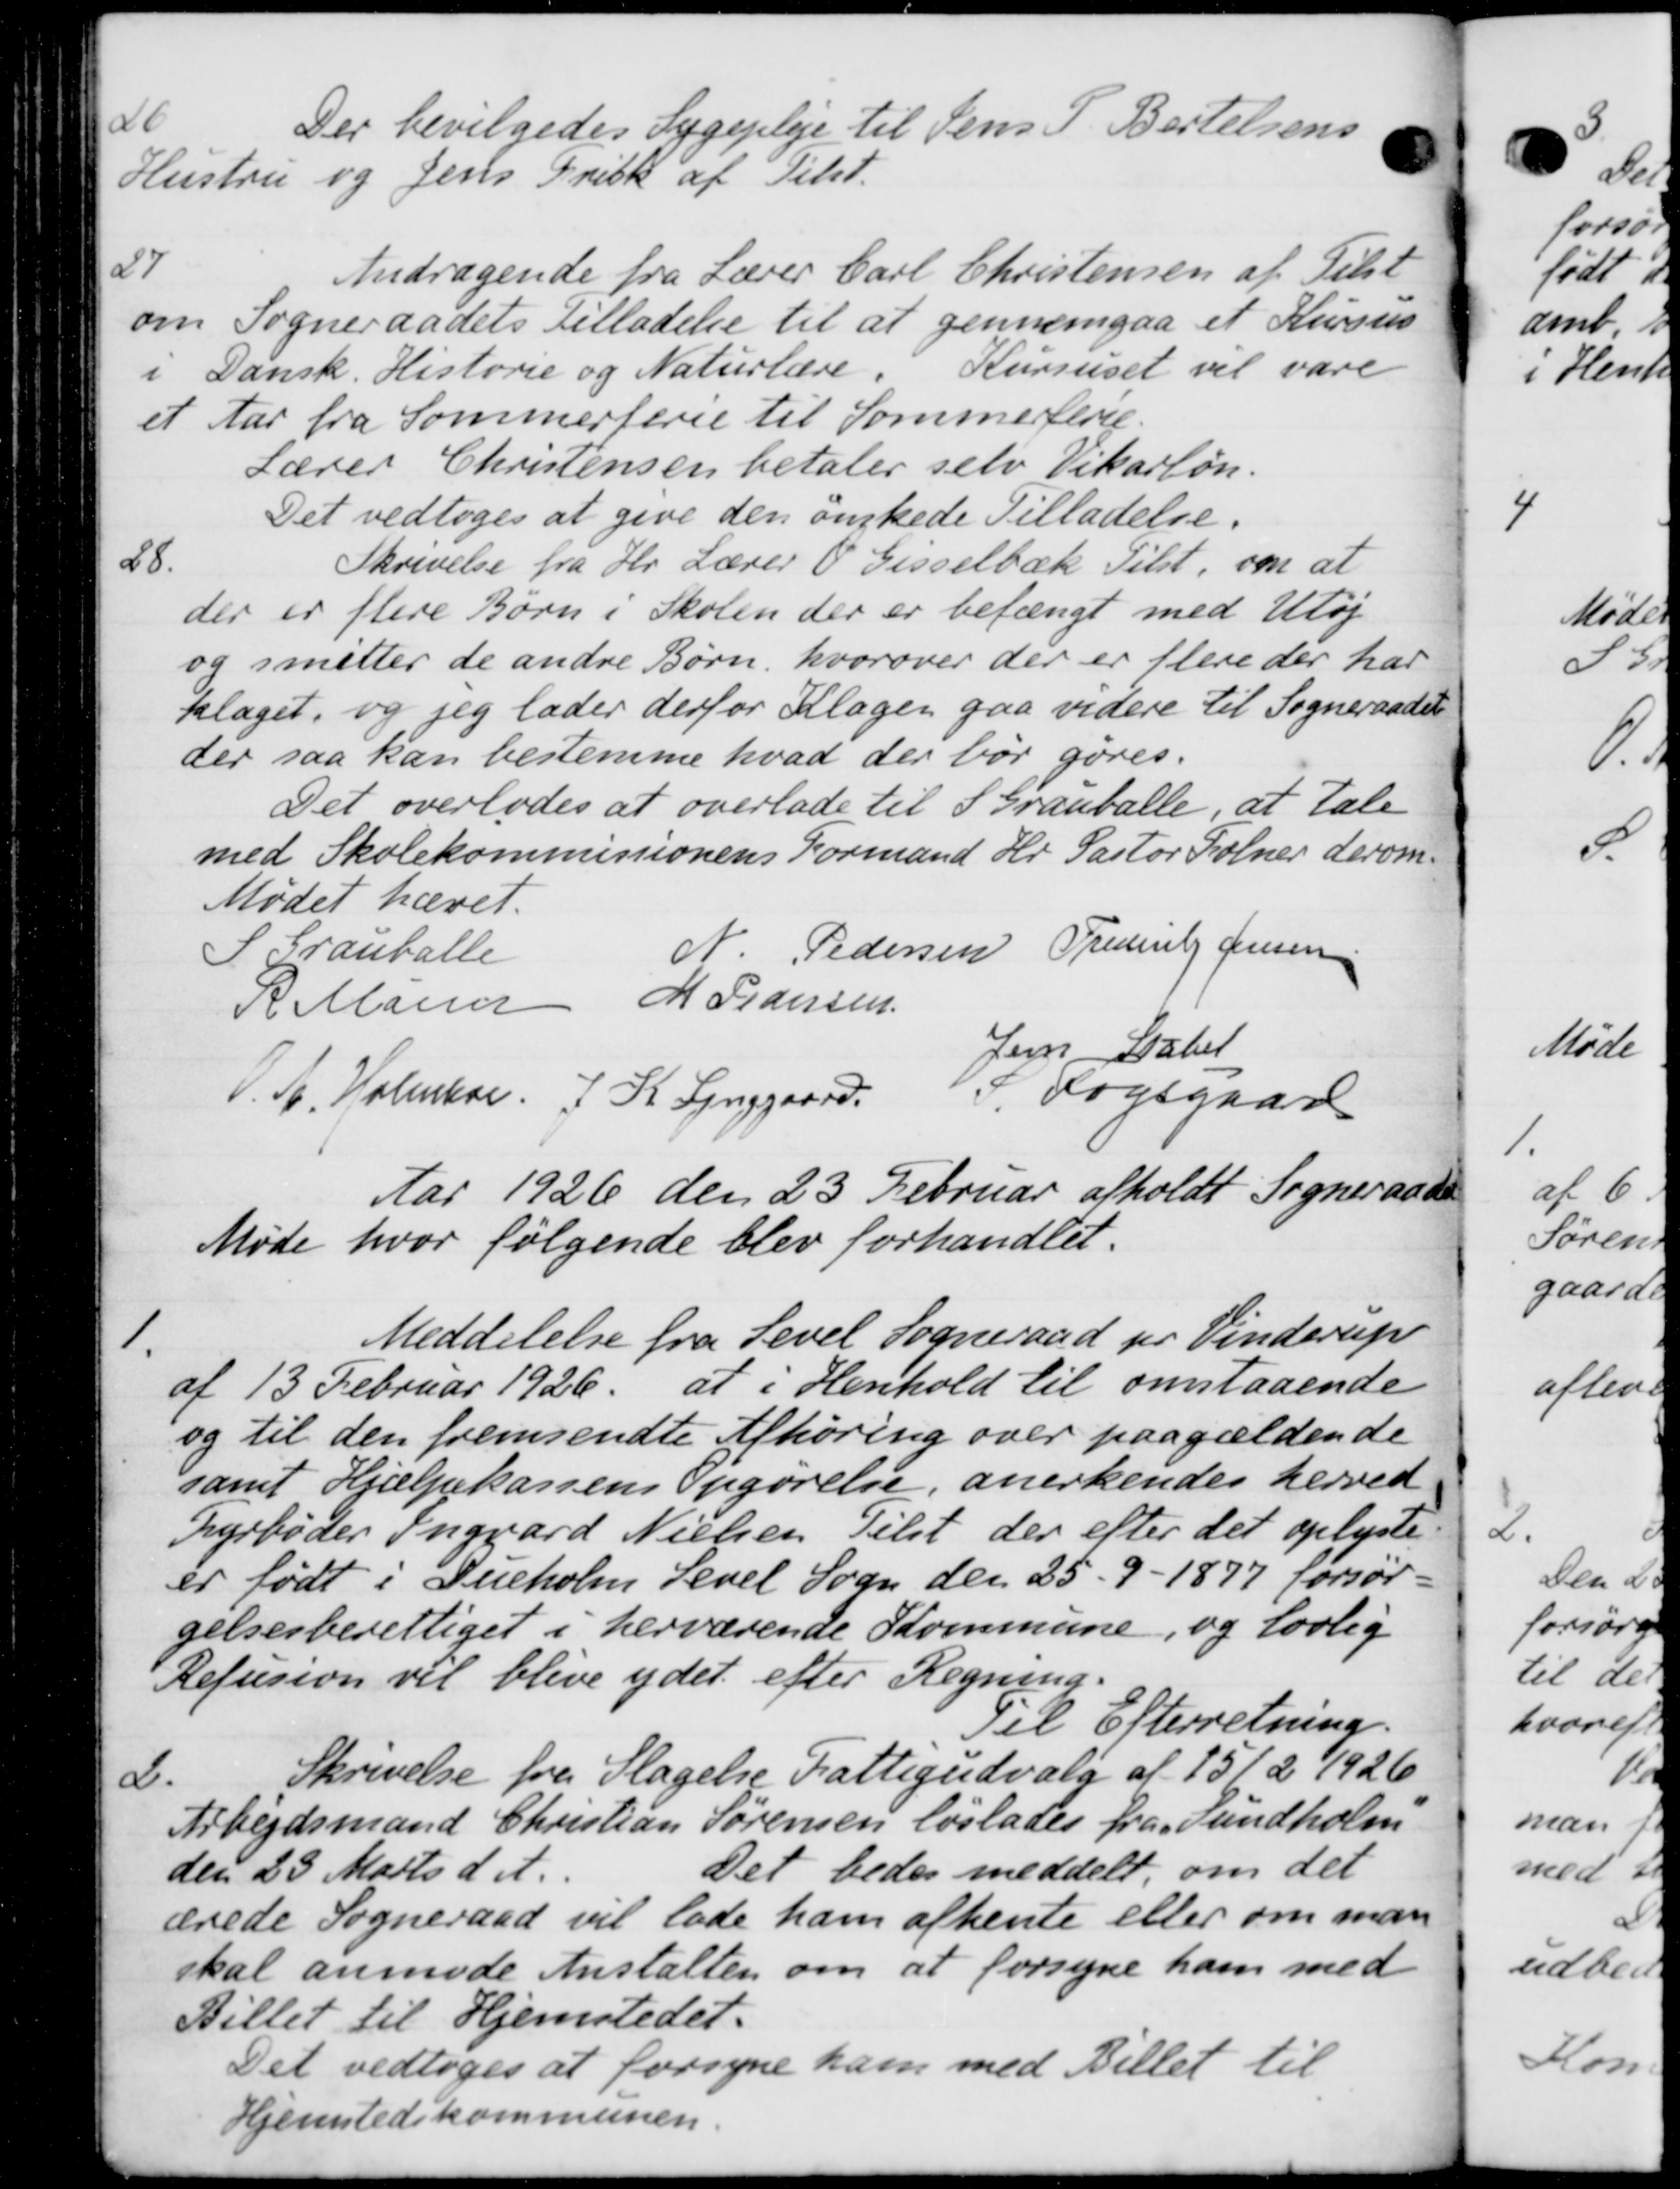
Transskription:
at
Der bevilgedes Sygepleje til Jens P. Bertelsens
Hustru og Jens Frisk af Tilst.
27
Andragende fra Lærer Carl Christensen af Tilst
om Sogneraadets Tilladelse til at gennemgaa et Kursus
i Dansk Historie og Naturlære. Kursuset vil vare
et Aar fra Sommerferie til Sommerferie.
Lærer Christensen betaler selv Vikarløn.
Det vedtoges at give den ønskede Tilladelse.
28.
Skrivelse fra Hr Lærer V. Gisselbæk Tilst, om at
der er flere Børn i Skolen der er befængt med Utøj
og smitter de andre Børn, hvorover der er flere der har
klaget, og jeg lader derfor Klagen gaa videre til Sogneraadet
der saa kan bestemme hvad der bør gøres.
Det overlodes at overlade til Stranballe, at tale
med Skolekommissionens Formand Hr. Pastor Folmer derom
Mødet hævet.
S. Grauballe
N. Pedersen Frederik Jensen
R Maren M Pedersen
Jens Stabel
O.A. Holmbor. J. K. Lynggaard, S. Fogsgaard
Aar 1926 den 23 Februar afholdt Sogneraadet
Møde hvor følgende blev forhandlet.

Meddelelse fra Sevel Sogneraad pr Vinderup
af 13 Februar 1926. at i Henhold til omstaaende
og til den fremsendte Afhøring over paagældende
samt Hjælpekassens Opgørelse, anerkendes herved
Dyrbøder Ingvard Nielsen Tilst der efter det oplyste
er født i Dueholm Sevel Sogn den 25 - 9 - 1877 forsør-
gelsesberettiget i herværende Kommune, og lovlig
Refusion vil blive ydet efter Regning.
Til Efterretning.
2.
Skrivelse fra Slagelse Fattigudvalg af 15/2 1926
Arbejdsmand Christian Sørensen løslades fra Sundholm
den 23 Marts d. A.
Det bedes meddelt, om det
ærede Sogneraad vil lade ham afhente eller om man
skal anmode Anstalten om at forsyne ham med
Billet til Hjemstedet.
Det vedtoges at forsyne ham med Billet til
Hjemstedskommunen